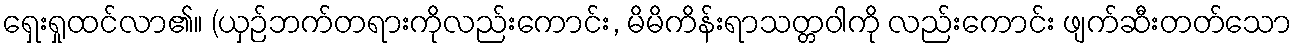
ရှေးရှုထင်လာ၏။ (ယှဉ်ဘက်တရားကိုလည်းကောင်း, မိမိကိန်းရာသတ္တဝါကို လည်းကောင်း ဖျက်ဆီးတတ်သော